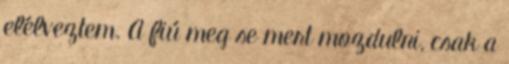
elélveztem. A fiú meg se mert mozdulni, csak a